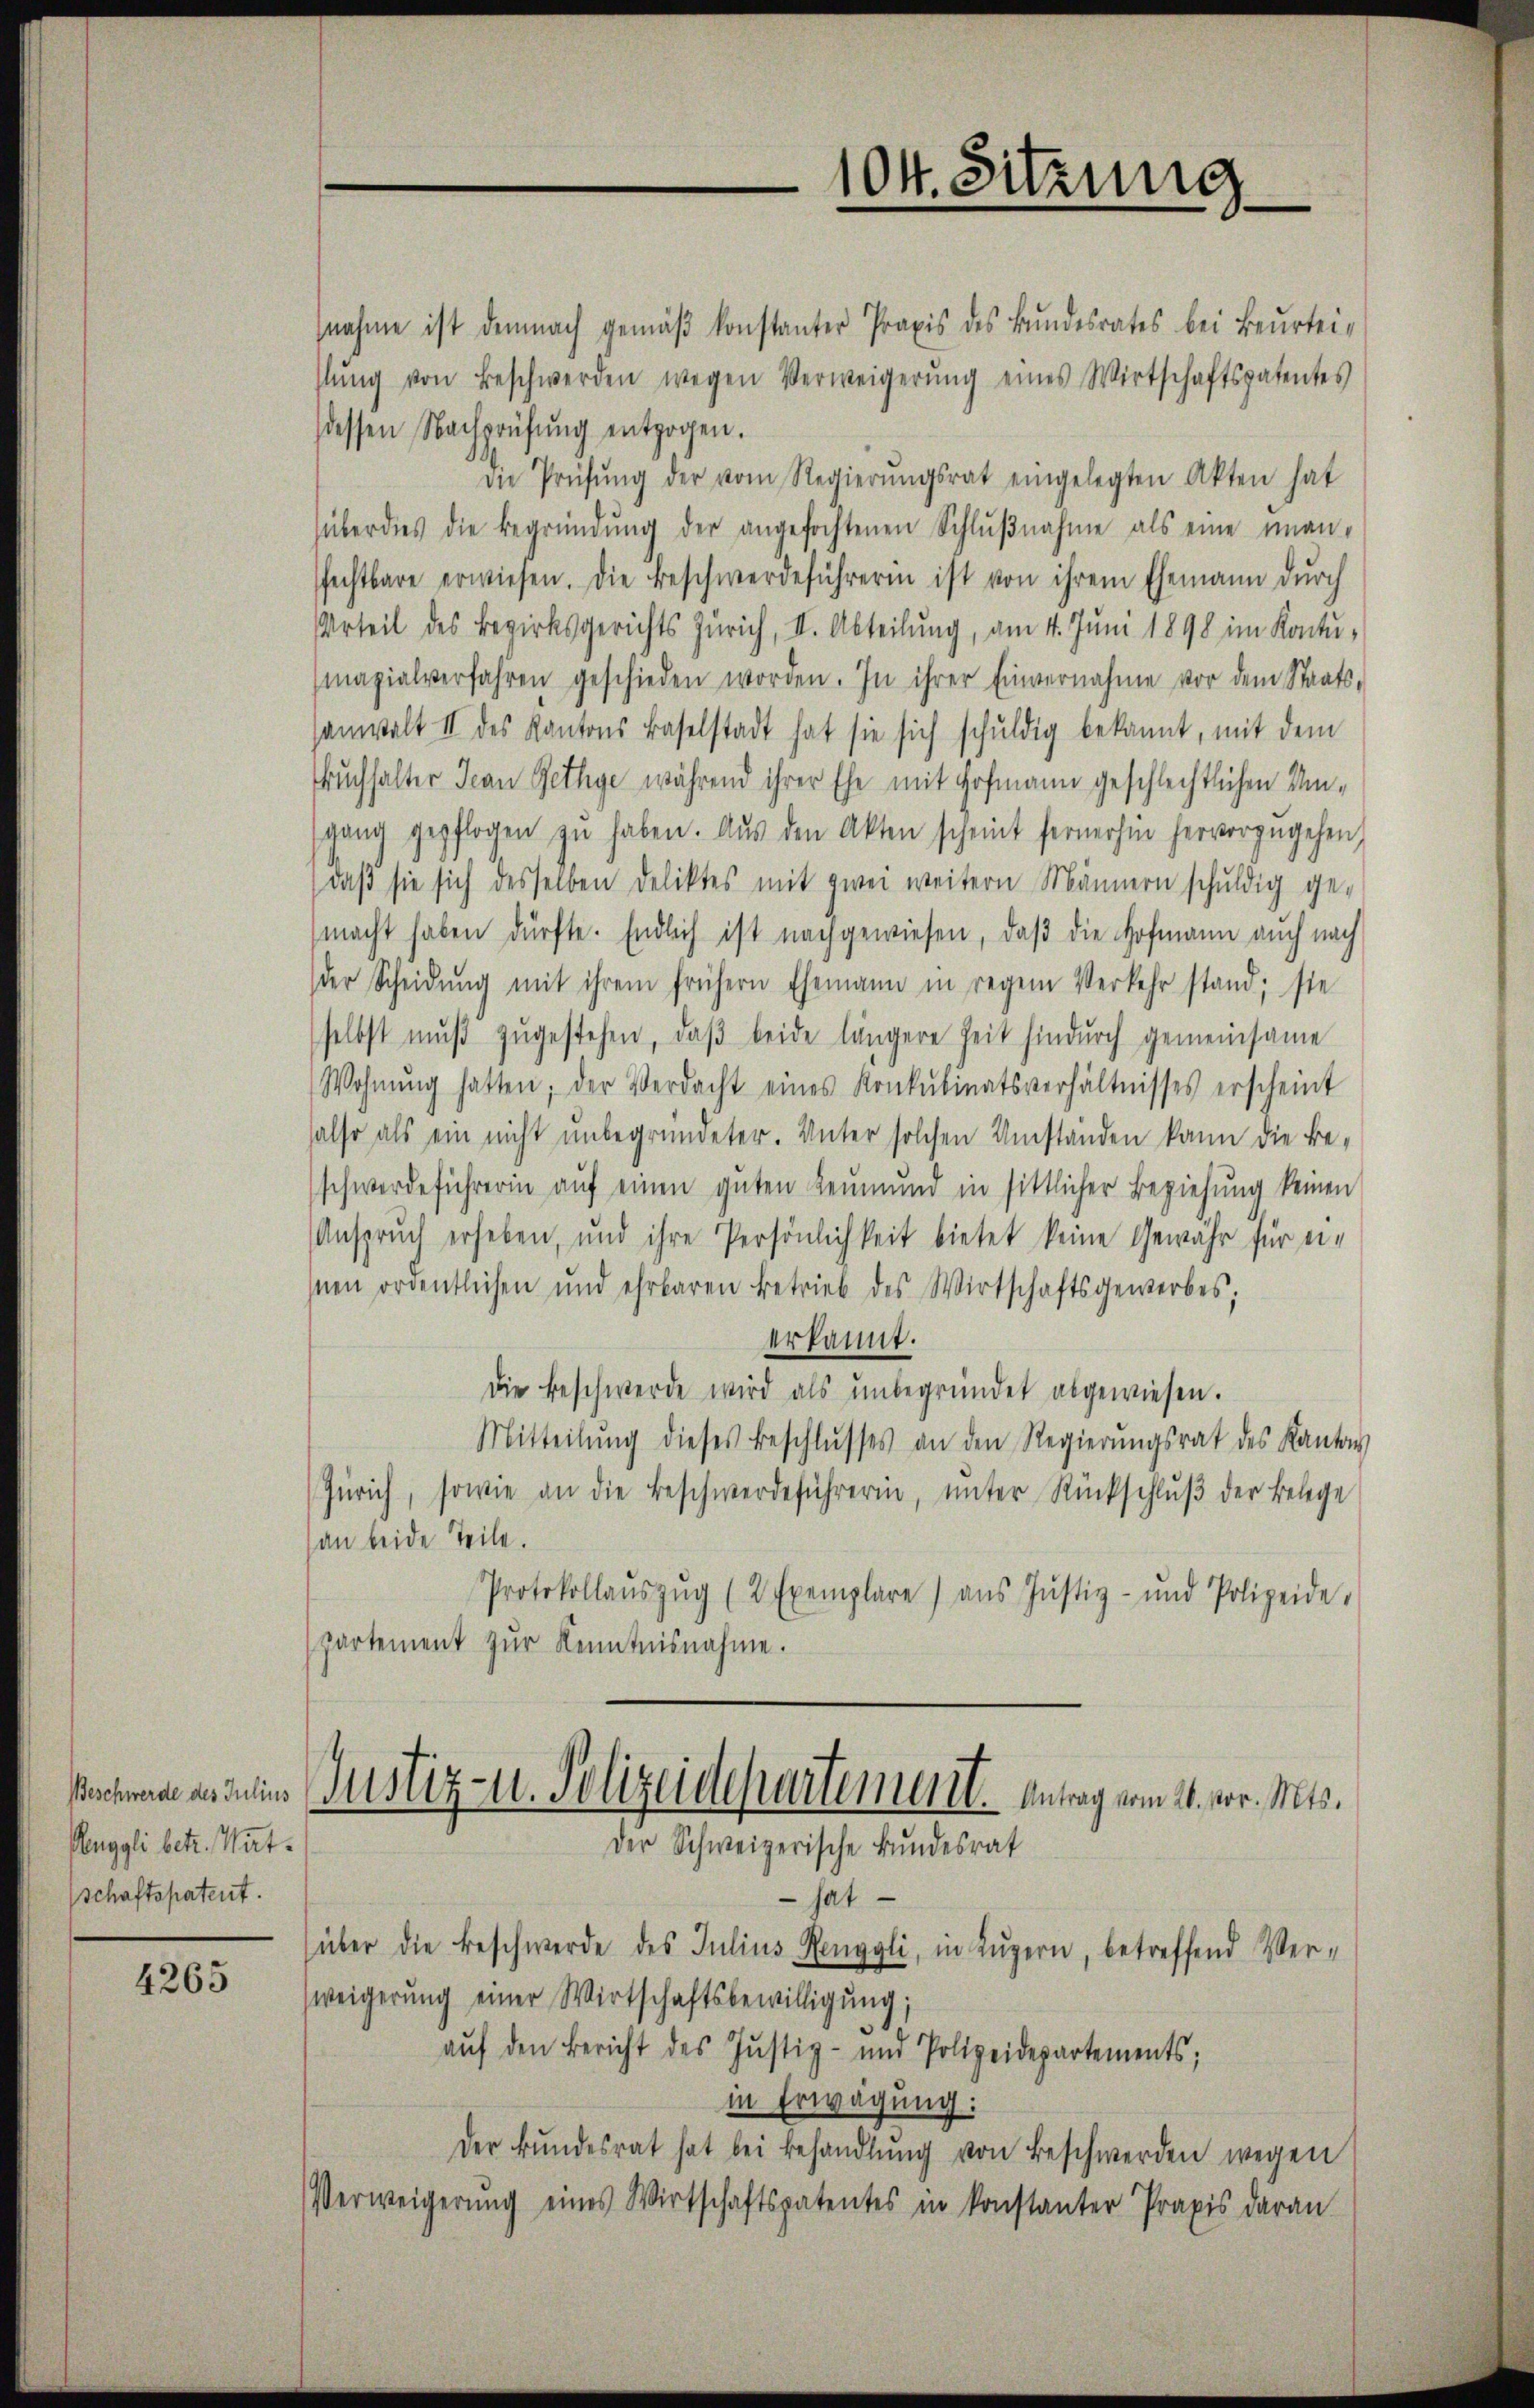
Beschwerde des Julius
Muggli betr. Wartschaftspatent.

4265

nahme ist demnach gemäβ konstanter Praxis des Bŭndesrates bei Beurtei-
stŭng von Beschwerden wegen Verweigerŭng eines Wirtschaftspatentes
dessen Nachprüfŭng entzogen.
Die Prüfŭng der vom Regierŭngsrat eingelegten Akten hat
überdies die Begründŭng der angefochtenen Schlŭβnahme als eine unan-
fechtbare erwiesen. Die Beschwerdeführerin ist von ihrem Ehemann dŭrch
Urteil des Bezirksgerichts Zürich, II. Abteilung, am 4. Juni 1898 im Kontu-
mazialverfahren geschieden worden. In ihrer Einvernahme vor dem Staats-
sanwalt II des Kantons Baselstadt hat sie sich schŭldig bekannt, mit dem
Buchhalter Jean Rethge während ihrer Ehe mit Hofmann geschlechtlichen Um-
sgang gepflogen zŭ haben. Aŭs den Akten scheint fernerhin hervorzŭgehen,
daβ sie sich desselben Deliktes mit zwei weitern Männern schŭldig ge-
macht haben dürfte. Endlich ist nachgewiesen, daß die Hofmann auch nach
der Scheidŭng mit ihrem frühern Ehemann in regen Verkehr stand; sie
selbst muß zugestehen, daβ beide längere Zeit hindurch gemeinsame
Wohnŭng hatten; der Verdacht eines Konkubinatsverhältnisses erscheint
also als ein nicht unbegründeter. Unter solchen Umständen kann die Be-
schwerdeführerin auf einen guten Leumund in sittlicher Beziehung keinen
Anspruch erheben, und ihre Persönlichkeit bietet keine Gewähr für ei-
snen ordentlichen und ehrbaren Betrieb des Wirtschaftsgewerbes,
erkannt.
Die Beschwerde wird als ŭnbegründet abgewiesen.
Mitteilŭng dieses Beschlŭsses an den Regierŭngsrat des Kantons
Zürich, sowie an die Beschwerdeführerin, ŭnter Rückschlŭβ der Belege
an beide Teile.
Protokollaŭszŭg (2 Exemplare) ans Justiz- und Polizeide.
partement zŭr Kenntnisnahme.
Justiz- u. Polizeidepartement. Antrag vom 4. vor. Mts.
Der Schweizerische Bundesrat
 hat
über die Beschwerde des Julius Renggli, in Lŭzern, betreffend Ver-
weigerŭng einer Wirtschaftsbewilligung;
aŭf den Bericht des Justiz- und Polizeidepartements;
in Erwägung:
Der Bŭndesrat hat bei Behandlŭng von Beschwerden wegen
Verweigerŭng eines Wirtschaftspatentes in konstanter Praxis daran

104. Sitzung